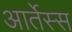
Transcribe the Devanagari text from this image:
आर्तेस्स